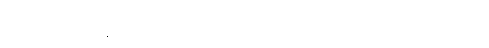
တွံတေးဝ၊ တိုးဝကနေ သခွပ်ပင်ဝထိ ရောက်အောင် ချောင်းတွေကြားမှာ ခဲရာခဲဆစ် ခုတ်မောင်းပြီး